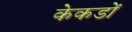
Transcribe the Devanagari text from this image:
केकडों